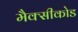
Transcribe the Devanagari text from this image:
मैक्सीकोड